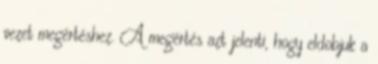
vezet megértéshez. A megértés azt jelenti, hogy eldobjuk a